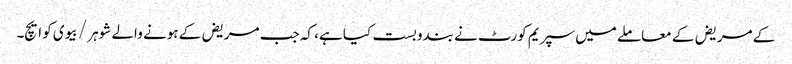
کے مریض کے معاملے میں سپریم کورٹ نے بندوبست کیا ہے، کہ جب مریض کے ہونے والے شوہر / بیوی کو ایچ۔